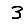
Digit: 3